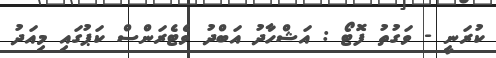
ކުރަނީ - ވަގުތު ފޮޓޯ : އަޝްހާދު އަބްދު ވެޓެރަންސް ކަޕުގައި މިއަދު